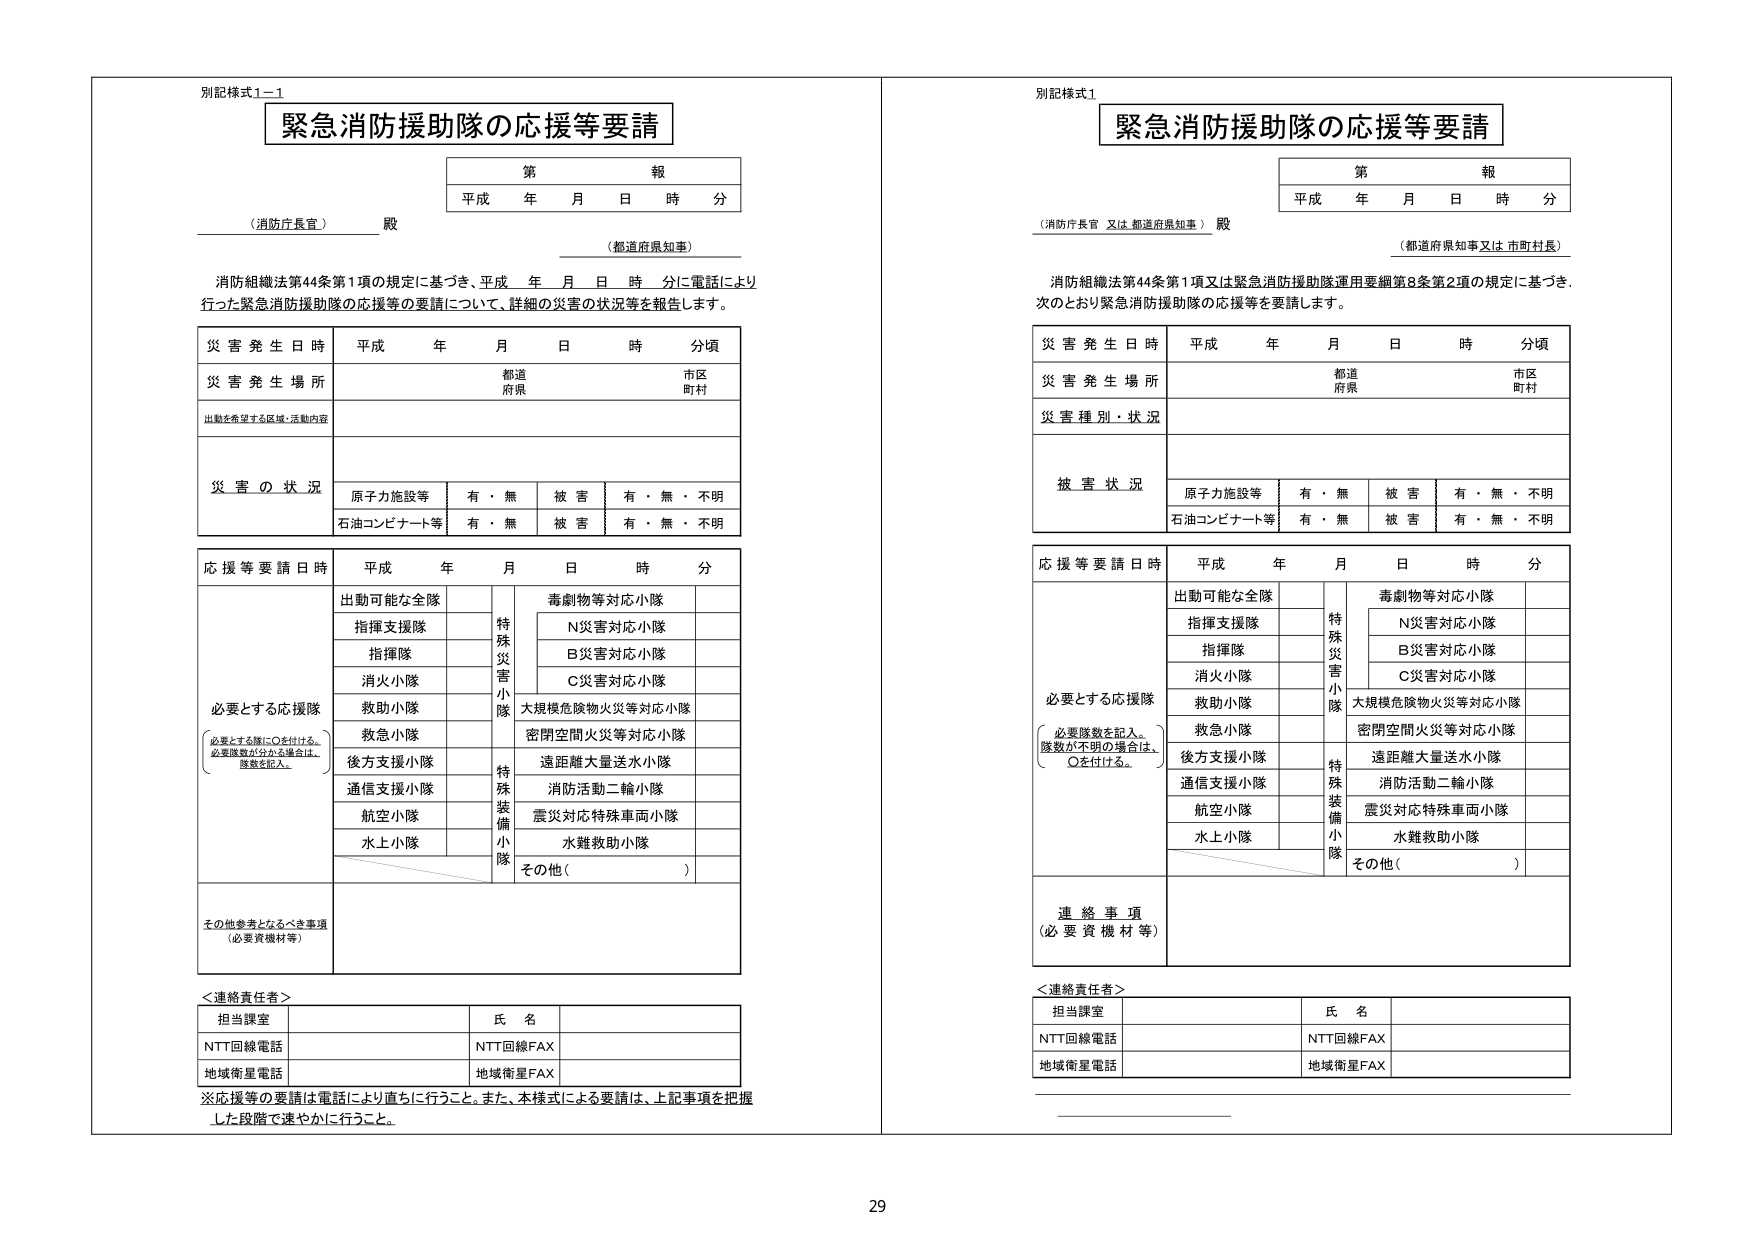
別記様式1-1
緊急消防援助隊の応援等要請

第 報
平成 年 月 日 時 分

（消防庁長官） 殿
（都道府県知事）

消防組織法第44条第1項の規定に基づき、平成 年 月 日 時 分に電話により
行った緊急消防援助隊の応援等の要請について、詳細の災害の状況等を報告します。

災害発生日時 平成 年 月 日 時 分頃
災害発生場所 都道 市区
府県 町村
出動を希望する区域・活動内容

災害の状況
原子力施設等 有・無 被害 有・無・不明
石油コンビナート等 有・無 被害 有・無・不明

応援等要請日時 平成 年 月 日 時 分

出動可能な全隊
特殊災害小隊
毒劇物等対応小隊
N災害対応小隊
B災害対応小隊
C災害対応小隊
大規模危険物火災等対応小隊
密閉空間火災等対応小隊
遠距離大量送水小隊
消防活動二輪小隊
震災対応特殊車両小隊
水難救助小隊
その他（ ）

必要とする応援隊
（必要とする隊に○を付ける。
必要隊数が分かる場合は、
隊数を記入。）

指揮支援隊
指揮隊
消火小隊
救助小隊
救急小隊
後方支援小隊
通信支援小隊
航空小隊
水上小隊

特殊装備小隊

その他参考となるべき事項
（必要資機材等）

＜連絡責任者＞
担当課室 氏名
NTT回線電話 NTT回線FAX
地域衛星電話 地域衛星FAX

※応援等の要請は電話により直ちに行うこと。また、本様式による要請は、上記事項を把握
した段階で速やかに行うこと。

別記様式1
緊急消防援助隊の応援等要請

第 報
平成 年 月 日 時 分

（消防庁長官 又は 都道府県知事） 殿
（都道府県知事又は 市町村長）

消防組織法第44条第1項又は緊急消防援助隊運用要綱第8条第2項の規定に基づき、
次のとおり緊急消防援助隊の応援等を要請します。

災害発生日時 平成 年 月 日 時 分頃
災害発生場所 都道 市区
府県 町村
災害種別・状況

被害状況
原子力施設等 有・無 被害 有・無・不明
石油コンビナート等 有・無 被害 有・無・不明

応援等要請日時 平成 年 月 日 時 分

出動可能な全隊
特殊災害小隊
毒劇物等対応小隊
N災害対応小隊
B災害対応小隊
C災害対応小隊
大規模危険物火災等対応小隊
密閉空間火災等対応小隊
遠距離大量送水小隊
消防活動二輪小隊
震災対応特殊車両小隊
水難救助小隊
その他（ ）

必要とする応援隊
（必要隊数を記入。
隊数が不明の場合は、
○を付ける。）

指揮支援隊
指揮隊
消火小隊
救助小隊
救急小隊
後方支援小隊
通信支援小隊
航空小隊
水上小隊

特殊装備小隊

連絡事項
（必要資機材等）

＜連絡責任者＞
担当課室 氏名
NTT回線電話 NTT回線FAX
地域衛星電話 地域衛星FAX

29